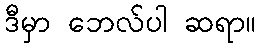
ဒီမှာ ဘေလ်ပါ ဆရာ။